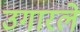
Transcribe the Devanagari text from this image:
उगारले